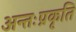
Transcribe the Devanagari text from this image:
अन्तःप्रकृति